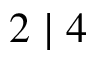
2 \mid 4